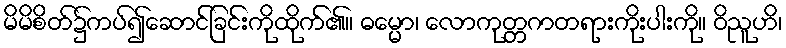
မိမိစိတ်၌ကပ်၍ဆောင်ခြင်းကိုထိုက်၏။ ဓမ္မော၊ လောကုတ္တဂာတရားကိုးပါးကို။ ဝိညူဟိ၊